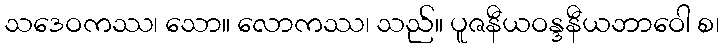
သဒေဝကဿ၊ သော။ လောကဿ၊ သည်။ ပူဇနီယဝန္ဒနီယဘာဝေါ စ၊